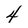
Character: 4